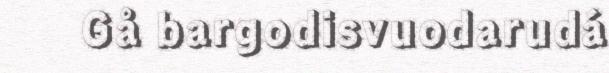
Gå bargodisvuodarudá